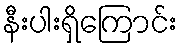
နီးပါးရှိကြောင်း